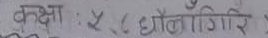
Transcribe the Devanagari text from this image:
कक्षा : ४ ( धौलागिरि )